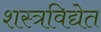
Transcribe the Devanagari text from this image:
शस्त्रविद्येत